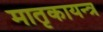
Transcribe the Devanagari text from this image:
मातृकायन्त्र